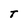
Character: T